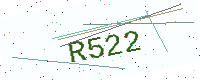
Text: R522